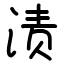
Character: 渍